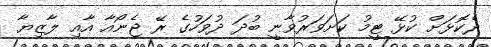
ދެކޮޅަށް ކުޅޭ ޓީމު ކަށަވަރުވާނީ ބުދަ ދުވަހުގެ ރޭ ޖެނޯއާ އާއި ލާޒިޔާ